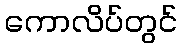
ကောလိပ်တွင်